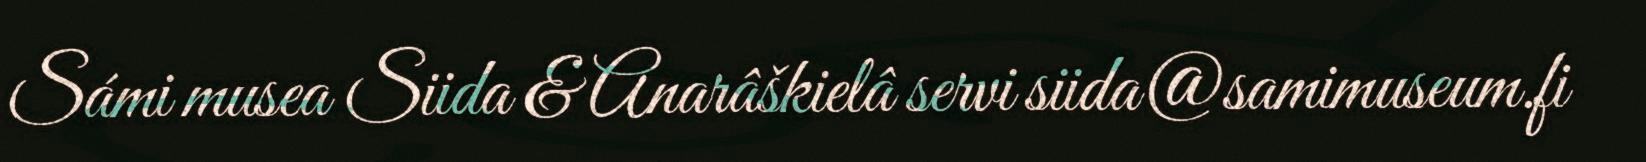
Sámi musea Siida & Anarâškielâ servi siida@samimuseum.fi